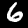
Digit: 6